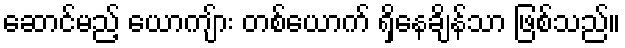
ဆောင်မည့် ယောကျ်ား တစ်ယောက် ရှိနေချိန်သာ ဖြစ်သည်။